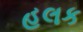
હલક